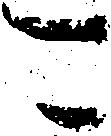
可